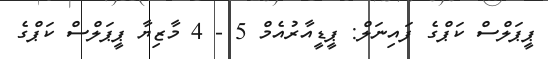
ޕީޕަލްސް ކަޕްގެ ފައިނަލް: ޕީޑީއާރުއެމް 5 - 4 މާޒިޔާ ޕީޕަލްސް ކަޕްގެ